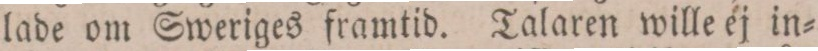
lade om Sweriges framtid. Talaren wille ej in=